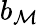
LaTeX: b_{\mathcal{M}}